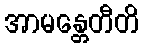
အာမန္တေတီတိ